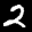
Label: 2